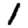
Digit: 1